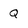
Character: Q